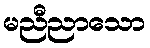
မညီညာသော